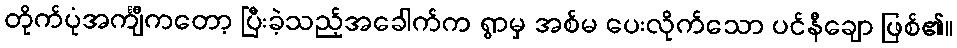
တိုက်ပုံအင်္ကျီကတော့ ပြီးခဲ့သည့်အခေါက်က ရွာမှ အစ်မ ပေးလိုက်သော ပင်နီချော ဖြစ်၏။